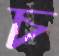
চ